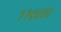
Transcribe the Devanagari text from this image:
११९४००